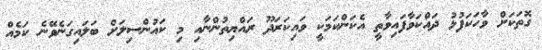
ގޮތަކަށް ވާހަކަފުޅު ދައްކަވާފައިވާތީ އެކަންކަމަކީ ވައިކަރަދޫ ރައްޔިތުންނާއި މި ކައުންސިލަށް ބަލައިގަނެވޭނެ ކަމެއް